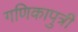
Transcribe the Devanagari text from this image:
गणिकापुत्री